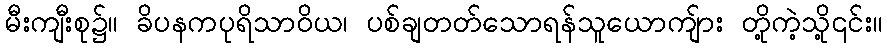
မီးကျီးစု၌။ ခိပနကပုရိသာဝိယ၊ ပစ်ချတတ်သောရန်သူယောကျ်ား တို့ကဲ့သို့၎င်း။